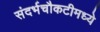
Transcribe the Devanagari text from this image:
संदर्भचौकटीमध्ये